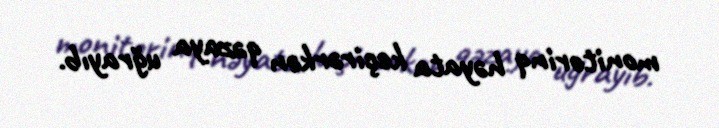
monitorinq həyata keçirərkən qəzaya uğrayıb.